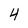
Character: 4